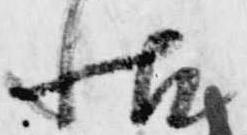
帖